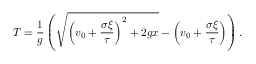
T = \frac { 1 } { g } \left( \sqrt { \left( v _ { 0 } + \frac { \sigma \xi } { \tau } \right) ^ { 2 } + 2 g x } - \left( v _ { 0 } + \frac { \sigma \xi } { \tau } \right) \right) .